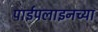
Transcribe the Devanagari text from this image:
पाईपलाइनच्या